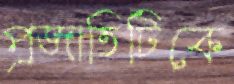
প্রজাতিটিকে